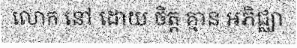
លោក នៅ ដោយ ចិត្ត គ្មាន អភិជ្ឈា